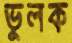
ভুলক